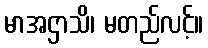
မာအဌာသိ၊ မတည်လင့်။